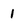
Character: 1